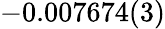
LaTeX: -0.007674(3)